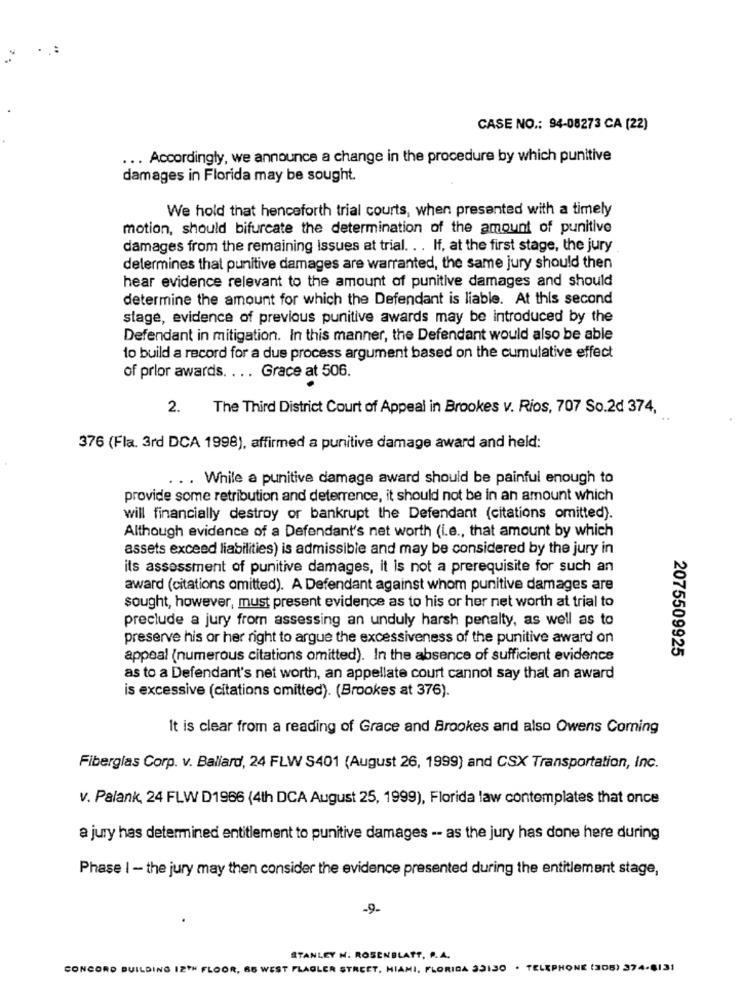
CASE NO .: 94-08273 CA (22)
... Accordingly, we announce a change in the procedure by which punitive
damages in Florida may be sought.
We hold that henceforth trial courts, when presented with a timely
motion, should bifurcate the determination of the amount of punitive
damages from the remaining issues at trial. . . If, at the first stage, the jury
determines that punitive damages are warranted, the same jury should then
hear evidence relevant to the amount of punitive damages and should
determine the amount for which the Defendant is liable. At this second
stage, evidence of previous punitive awards may be introduced by the
Defendant in mitigation. In this manner, the Defendant would also be able
to build a record for a due process argument based on the cumulative effect
of prlor awards. ... Grace at 506.
2.
The Third District Court of Appeal in Brookes v. Rios, 707 So.2d 374,
376 (Fla. 3rd DCA 1998), affirmed a punitive damage award and held:
. . While a punitive damage award should be painful enough to
provide some retribution and deterrence, it should not be in an amount which
will financially destroy or bankrupt the Defendant (citations omitted).
Although evidence of a Defendant's net worth (i.e ., that amount by which
assets exceed liabilities) is admissible and may be considered by the jury in
its assessment of punitive damages, it is not a prerequisite for such an
award (citations omitted). A Defendant against whom punitive damages are
sought, however, must present evidence as to his or her net worth at trial to
preclude a jury from assessing an unduly harsh penalty, as well as to
preserve his or her right to argue the excessiveness of the punitive award on
2075509925
appeal (numerous citations omitted). In the absence of sufficient evidence
as to a Defendant's net worth, an appellate court cannot say that an award
is excessive (citations omitted). (Brookes at 376).
It is clear from a reading of Grace and Brookes and also Owens Corning
Fiberglas Corp. v. Baliard, 24 FLW S401 (August 26, 1999) and CSX Transportation, Inc.
v. Palank, 24 FLW D1966 (4th DCA August 25, 1999), Florida law contemplates that once
a jury has determined entitlement to punitive damages -- as the jury has done here during
Phase I - the jury may then consider the evidence presented during the entitlement stage,
STANLEY N. ROSENBLATT, P.A.
CONCORD BUILDING 12TH FLOOR, 86 WEST FLAGLER STREET, MIAMI, FLORIDA 33130 . TELEPHONE (305) 374-6131